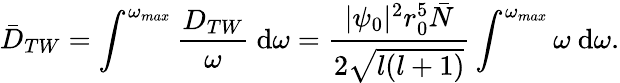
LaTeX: \bar{D}_{TW}=\int^{\omega_{max}}\frac{D_{TW}}{\omega}~\mathrm{d}\omega=\frac{|\psi_{0}|^{2}r_{0}^{5}\bar{N}}{2\sqrt{l(l+1)}}\int^{\omega_{max}}\omega~\mathrm{d}\omega.